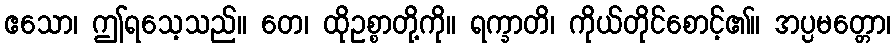
ဧသော၊ ဤရသေ့သည်။ တေ၊ ထိုဥစ္စာတို့ကို။ ရက္ခာတိ၊ ကိုယ်တိုင်စောင့်၏။ အပ္ပမတ္တော၊